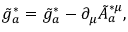
\tilde { g } _ { a } ^ { * } = \tilde { g } _ { a } ^ { * } - \partial _ { \mu } \tilde { A } _ { a } ^ { * \mu } ,